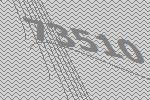
73510